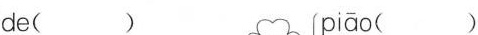
de( ) piāo( )